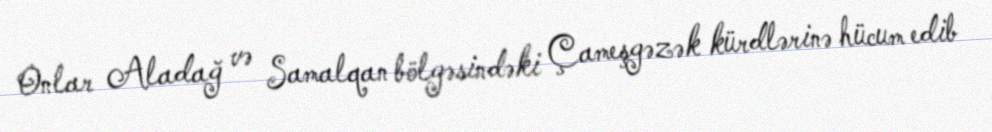
Onlar Aladağ və Samalqan bölgəsindəki Çameşgəzək kürdlərinə hücum edib